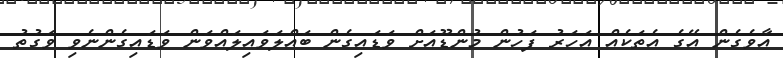
އާވެގެން އޭގެ އެތަކެއް އަހަރު ފަހުން މުންޑޫއަށް ވަޑައިގެން ބައްލަވައިލައްވަން ވަޑައިގެންނެވި ވަގުތު